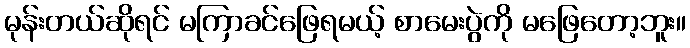
မုန်းတယ်ဆိုရင် မကြာခင်ဖြေရမယ့် စာမေးပွဲကို မဖြေတော့ဘူး။